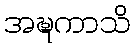
အဍ္ဎကာသိ